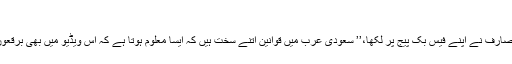
‘‘
سوشل میڈیا کی ایک صارف نے اپنے فیس بک پیج پر لکھا،’’ سعودی عرب میں قوانین اتنے سخت ہیں کہ ایسا معلوم ہوتا ہے کہ اس ویڈیو میں بھی برقعوں کے نیچے مرد ہیں۔